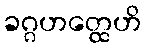
ခဂ္ဂဟတ္ထေဟိ